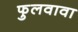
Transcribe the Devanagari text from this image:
फुलवावा